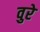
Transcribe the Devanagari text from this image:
वुरे